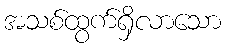
အသစ်ထွက်ရှိလာသော